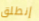
إنطلق